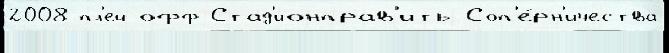
2008 пл'ей-офф Стад'ионправ'ить Соп'е́рн'ичества